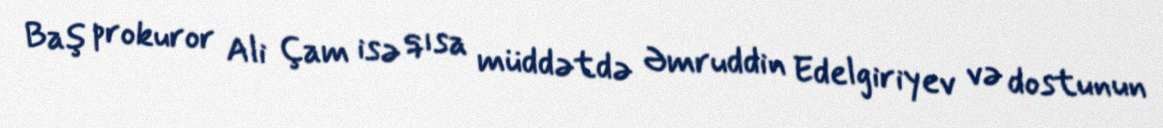
Baş prokuror Ali Çam isə qısa müddətdə Əmruddin Edelgiriyev və dostunun